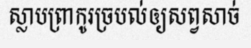
ស្លាបព្រាកូរច្របល់ឲ្យសព្វសាច់